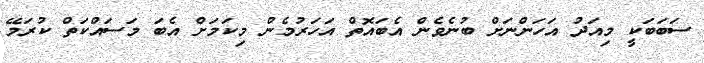
ސަބަބަކީ މިއަދު އަހަންނަށް ބުނެވެން އެބައޮތް އަހަރުމެން މިކަމަށް އެބަ މަސައްކަތް ކުރަމޭ